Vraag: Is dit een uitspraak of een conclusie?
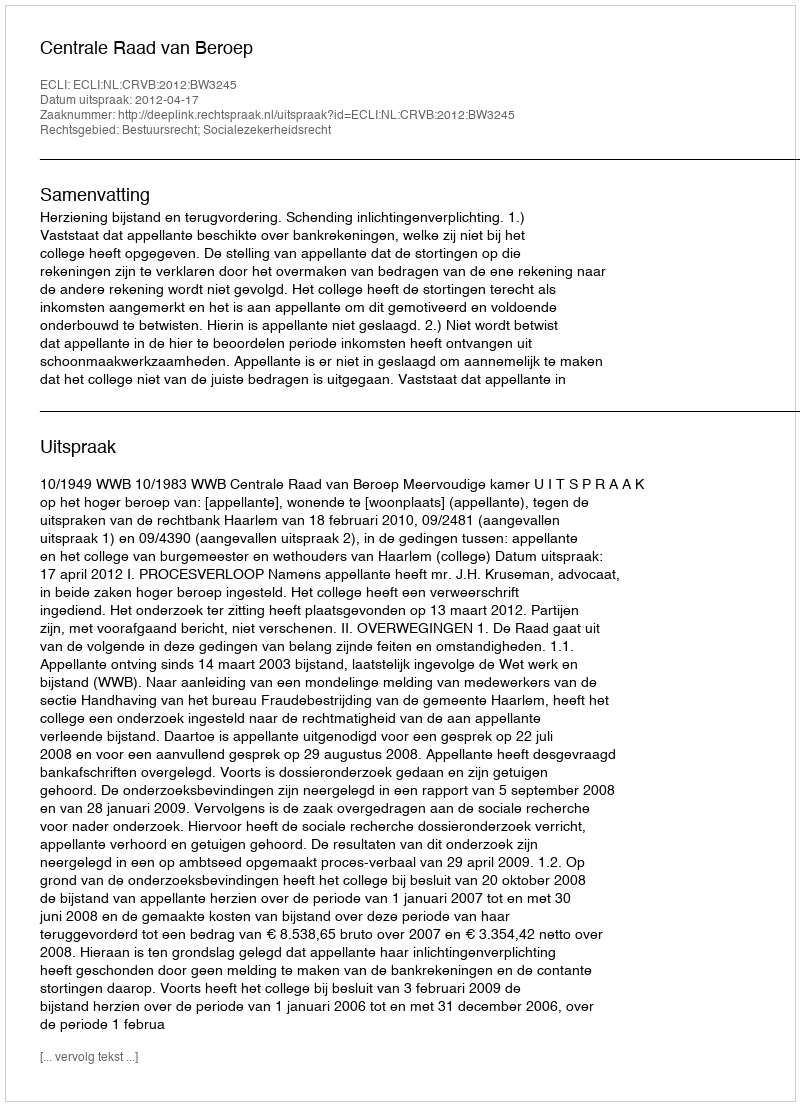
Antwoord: Uitspraak